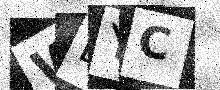
Text: WBYC